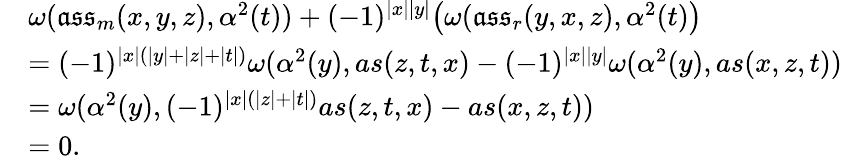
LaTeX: \begin{array}{rl}&{\omega(\mathfrak{ass}_{m}(x,y,z),\alpha^{2}(t))+(-1)^{|x||y|}\big(\omega(\mathfrak{ass}_{r}(y,x,z),\alpha^{2}(t)\big)}\\ &{=(-1)^{|x|(|y|+|z|+|t|)}\omega(\alpha^{2}(y),as(z,t,x)-(-1)^{|x||y|}\omega(\alpha^{2}(y),as(x,z,t))}\\ &{=\omega(\alpha^{2}(y),(-1)^{|x|(|z|+|t|)}as(z,t,x)-as(x,z,t))}\\ &{=0.}\end{array}